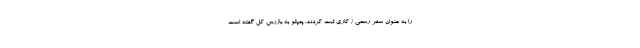
را به عنوان سفر رسمی / کاری ثبت کردند. پمپئو به بازرس کل گفته است